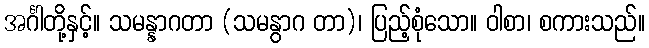
အင်္ဂါတို့နှင့်။ သမန္နာဂတာ (သမနွာဂ တာ)၊ ပြည့်စုံသော။ ဝါစာ၊ စကားသည်။